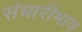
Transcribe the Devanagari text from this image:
संचारीभाव